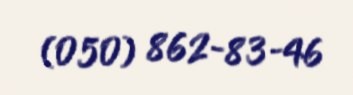
(050) 862-83-46